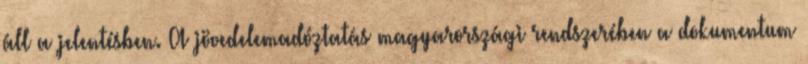
áll a jelentésben. A jövedelemadóztatás magyarországi rendszerében a dokumentum